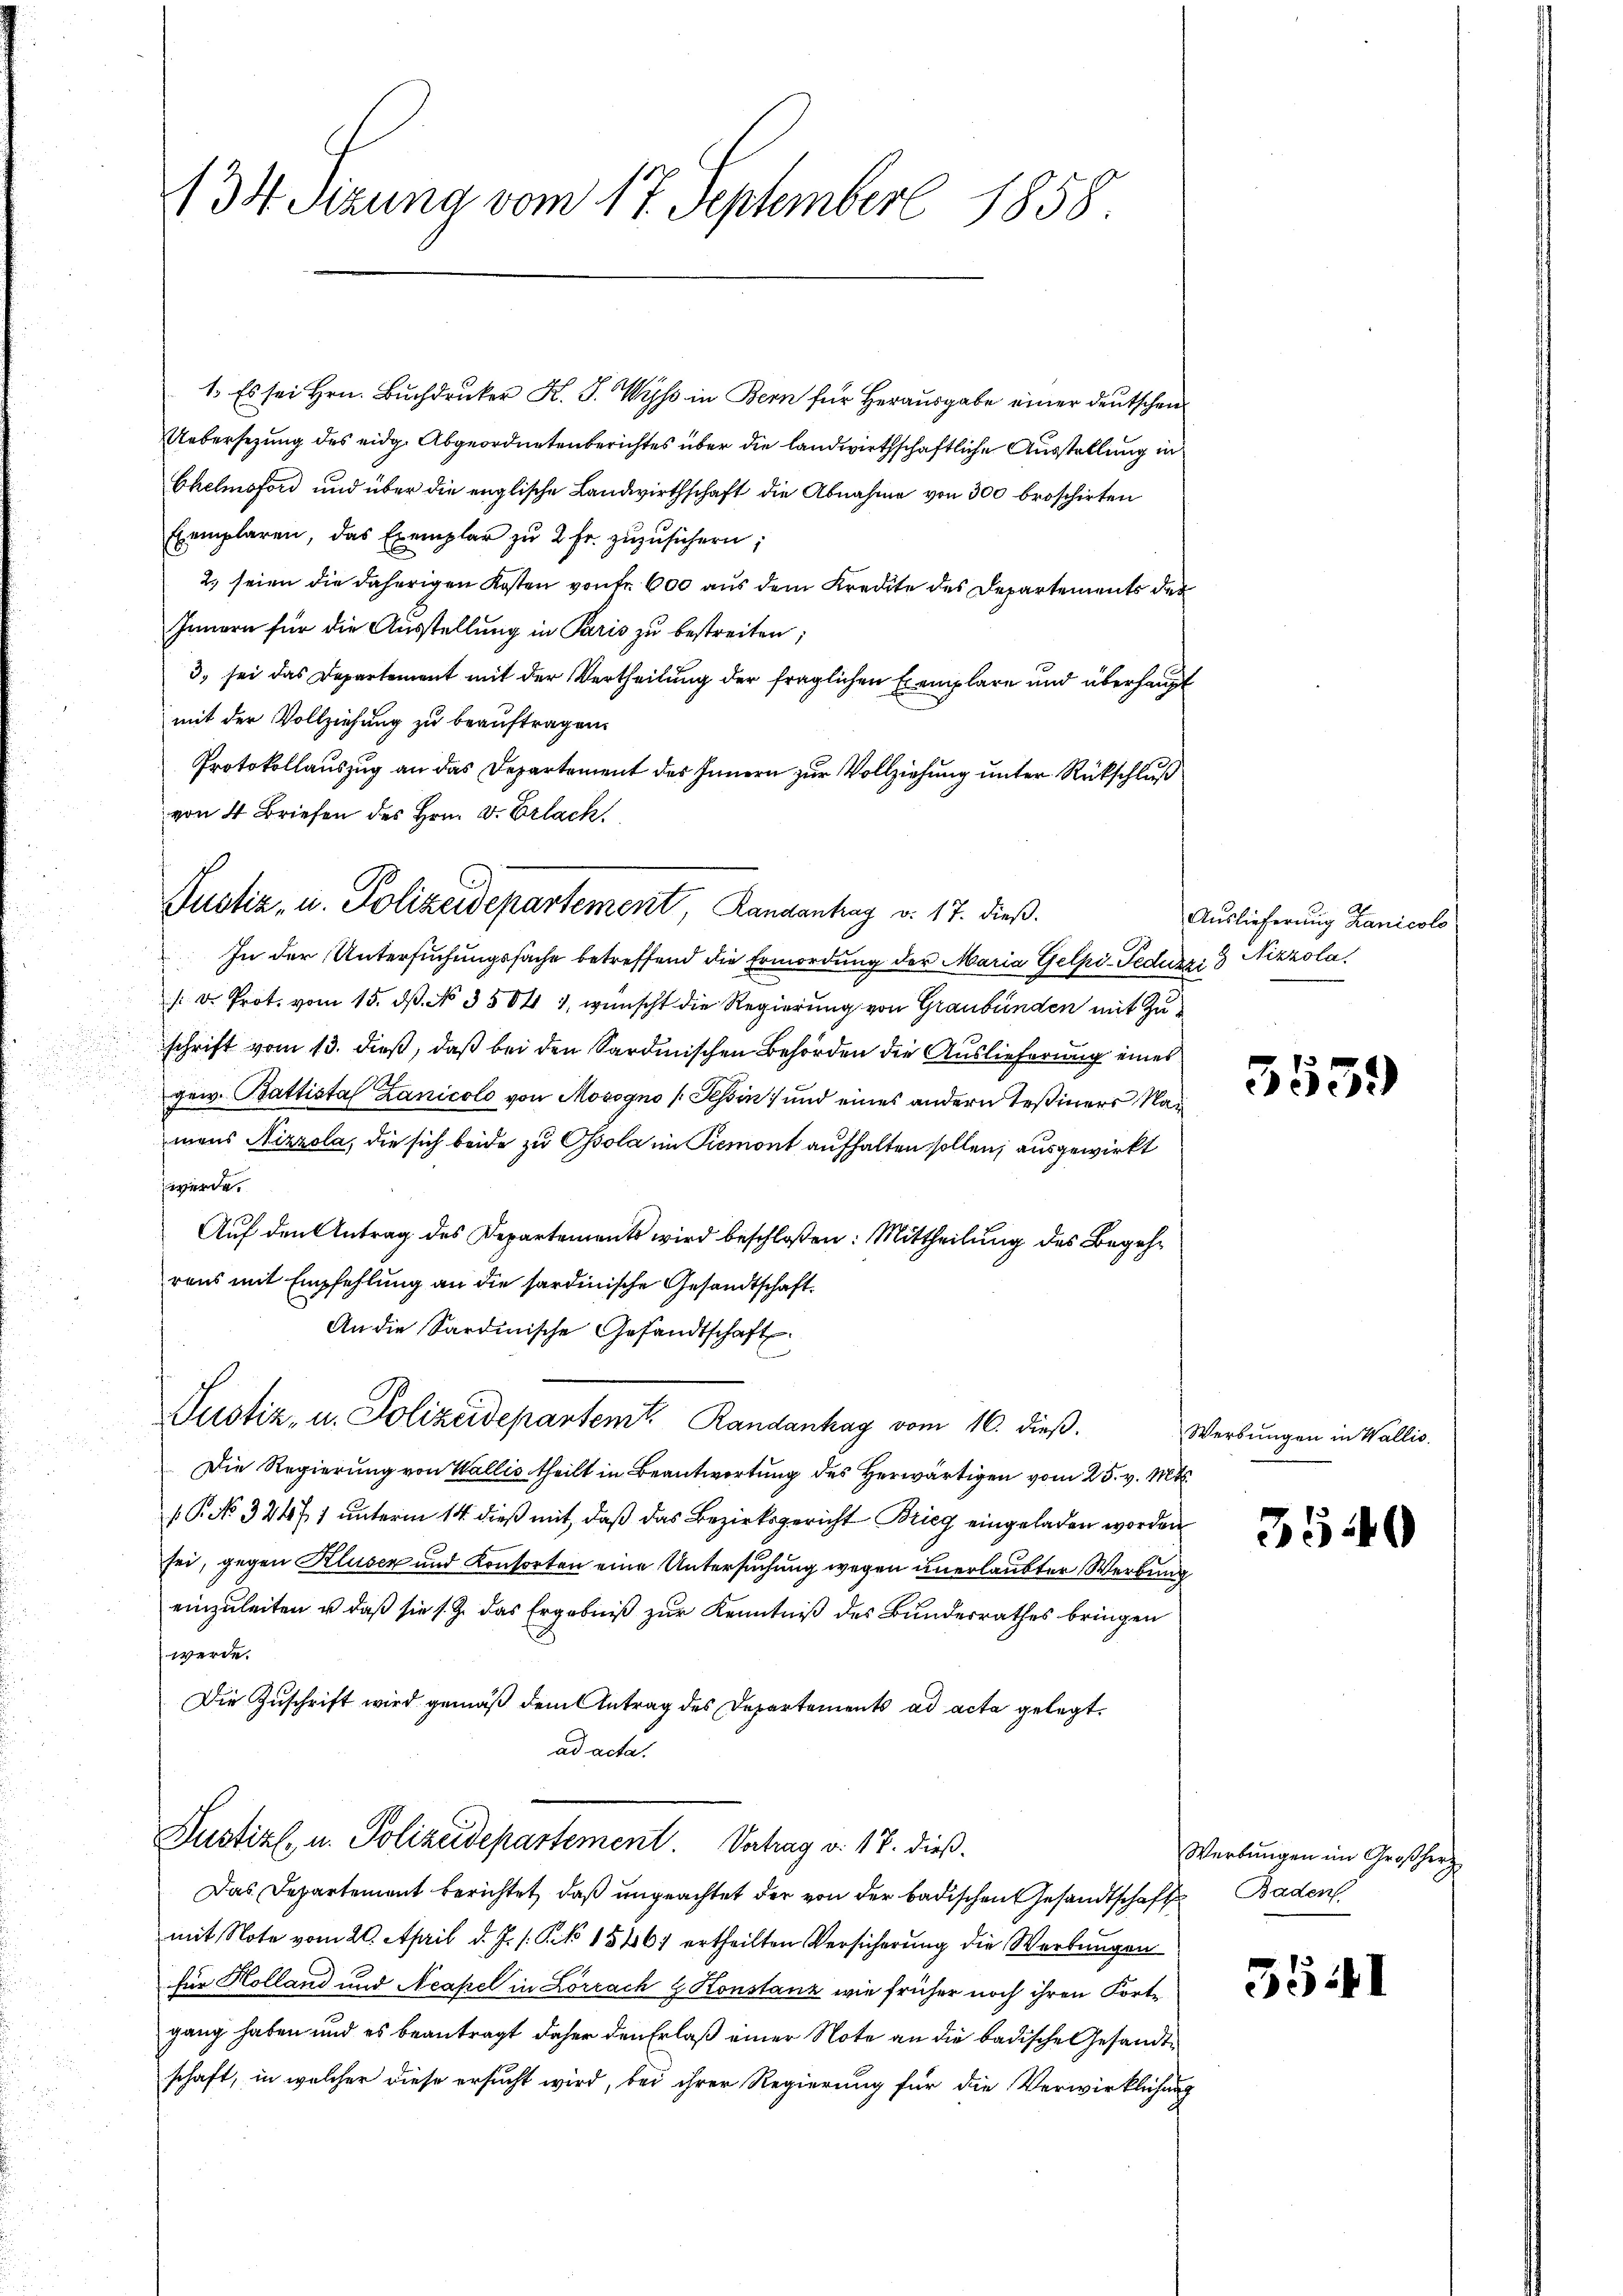
134 Setzung vom 17. September 1858.

1. Es sei Hrn. Buchdruker K. J. Wyss in Bern für Herausgabe einer deutschen
Uebersezung des eidg. Abgeordnetenberichtes über die landwirthschaftliche Ausstellung in
Chelmoford und über die englische Landwirthschaft die Abnahme von 300 broschirten
Exemplaren, das Exemplar zŭ 2 fr. zŭzŭsichern;
2., seien die daherigen Kosten von Fr. 600 aus dem Kredite des Departements der
Innern für die Ausstellung in Paris zu bestreiten;
3. sei das Departement mit der Vertheilung der fraglichen Exemplare und überhaupt
mit der Vollziehung zu beauftragen.
Protokollauszug an das Departement des Innern zur Vollziehung unter Rückschluß
von 4 Briefen des Hrn. Dr. Erlack

Justiz, u. Polizeidepartement, Randantrag v. 17. dieß.

In der Untersuchungssache betreffend die Ermordung der Maria Gelpi-Feducri 9 Nizzola
 D. Prot. vom 15. dß. No. 3504 1, wünscht die Regierung von Graubünden mit Zuschrift vom 13. dieß, daß bei den Sardinischen Behörden die Auslieferung eines
gew. Battistal Lanicolo von Mosogno (Tessin und eines andern Teßiners Namans Nizzola, die sich beide zu sola im Piemont aufhalten sollen; ausgewirkt
werde.
Auf den Antrag des Departements wird beschloßen: Mittheilung des Begehrens mit Empfehlung an die sardinische Gesandtschaft.
C
An die Sardinische Gesandtschaft.
Justiz- u. Polizeidepartem Randanhag vom 16. dieß.
Die Regierung von Walles theilt in Beantwortung des Herwärtigen vom 25. v. Mts.
P No 32471 unterm 14. dieß mit, daß das Bezirksgericht Brieg eingeladen worden
sei, gegen Kluser und Konsorten eine Untersuchung wegen unerlaubter Werbung
einzuleiten u. daß sie s. Z. das Ergebniß zur Kenntniß des Bundesrathes bringen
werde.
Die Zuschrift wird gemäß dem Antrag des Departements ad acta gelegt.
ad acta.

Justiz- u. Polizeidepartement. Vertrag v. 17. dieß.

Auslieferung Lanicolo

Das Departement berichtet, daß ungeachtet der von der badischen Gesandtschaft Baden
mit Note vom 20. April d. J. /: Pk 15461 ertheilten Versicherung die Werbungen
für Holland und Neapel in Lörrach & Konstanz wie früher noch ihren Fortgang haben und es beantragt daher den Erlaß einer Note an die badische Gesandtschaft, in welcher diese ersucht wird, bei ihrer Regierung für die Verwirklichung

3559

Werbungen in Wallis.

3540

Werbungen im Großherz

5541